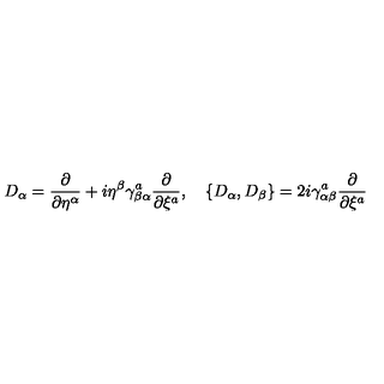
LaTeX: D _ { \alpha } = { \frac { \partial } { \partial \eta ^ { \alpha } } } + i \eta ^ { \beta } \gamma _ { \beta \alpha } ^ { a } { \frac { \partial } { \partial \xi ^ { a } } } , \quad \{ D _ { \alpha } , D _ { \beta } \} = 2 i \gamma _ { \alpha \beta } ^ { a } { \frac { \partial } { \partial \xi ^ { a } } }